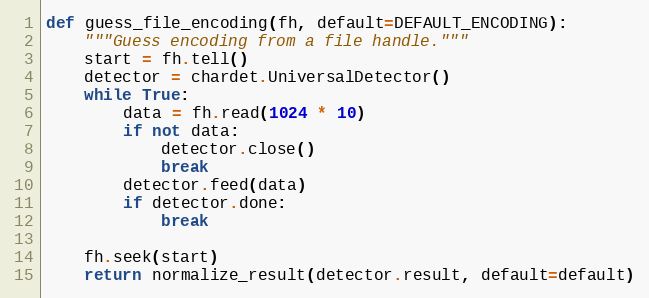
Language: Python
def guess_file_encoding(fh, default=DEFAULT_ENCODING):
    """Guess encoding from a file handle."""
    start = fh.tell()
    detector = chardet.UniversalDetector()
    while True:
        data = fh.read(1024 * 10)
        if not data:
            detector.close()
            break
        detector.feed(data)
        if detector.done:
            break

    fh.seek(start)
    return normalize_result(detector.result, default=default)